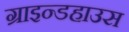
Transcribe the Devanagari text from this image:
ग्राइन्डहाउस